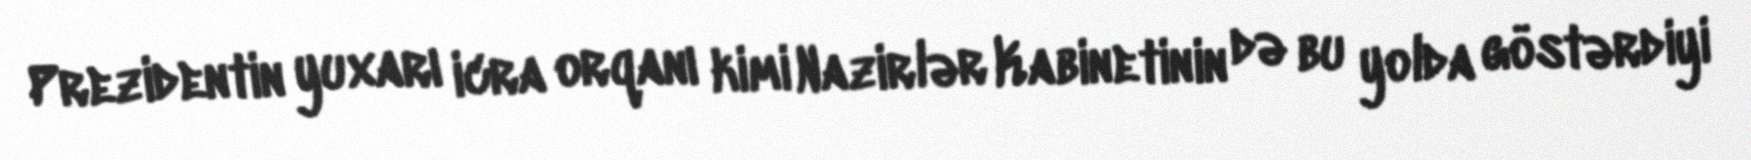
Prezidentin yuxarı icra orqanı kimi Nazirlər Kabinetinin də bu yolda göstərdiyi